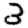
Digit: 3